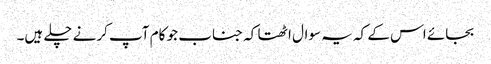
بجائے اس کے کہ یہ سوال اٹھتا کہ جناب جو کام آپ کرنے چلے ہیں۔